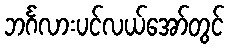
ဘင်္ဂလားပင်လယ်အော်တွင်